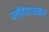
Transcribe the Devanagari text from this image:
प्लीहेचाआकार